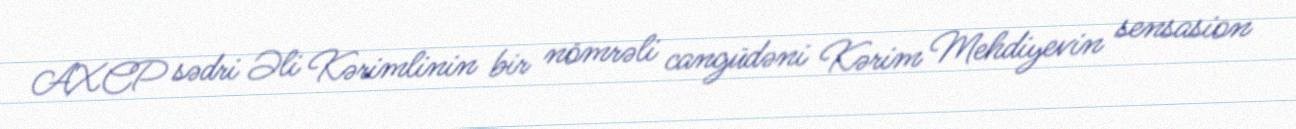
AXCP sədri Əli Kərimlinin bir nömrəli cangüdəni Kərim Mehdiyevin sensasion